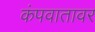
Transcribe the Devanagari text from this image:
कंपवातावर